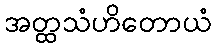
အတ္ထသံဟိတောယံ